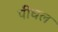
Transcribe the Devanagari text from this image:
पीघल